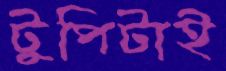
টুপিটাই